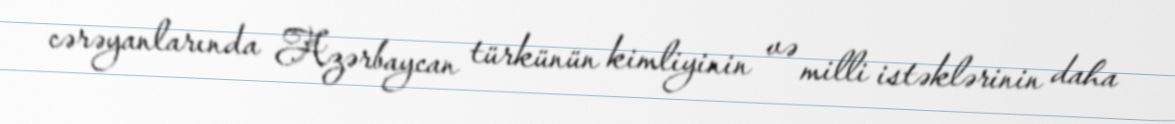
cərəyanlarında Azərbaycan türkünün kimliyinin və milli istəklərinin daha